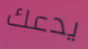
يدعك